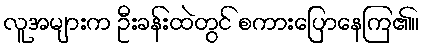
လူအများက ဦးခန်းထဲတွင် စကားပြောနေကြ၏။